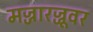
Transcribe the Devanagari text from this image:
मज्जारज्जूवर